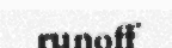
runoff